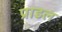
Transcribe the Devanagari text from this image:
प्राडल